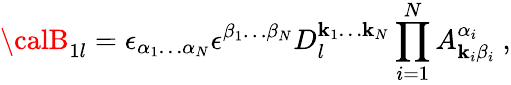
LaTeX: {\calB}_{1l}=\epsilon_{\alpha_{1}\ldots\alpha_{N}}\epsilon^{\beta_{1}\ldots\beta_{N}}D_{l}^{\mathbf{k}_{1}\ldots\mathbf{k}_{N}}\prod_{i=1}^{N}A_{\mathbf{k}_{i}\beta_{i}}^{\alpha_{i}}\ ,